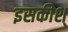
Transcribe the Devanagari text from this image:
इसकीश्